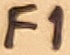
Text: F1